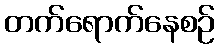
တက်ရောက်နေစဉ်